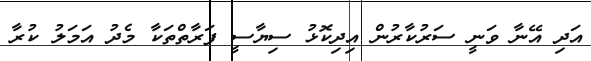
އަދި އޭނާ ވަނީ ސަރުކާރުން އިދިކޮޅު ސިޔާސީ ފަރާތްތަކާ މެދު އަމަލު ކުރާ